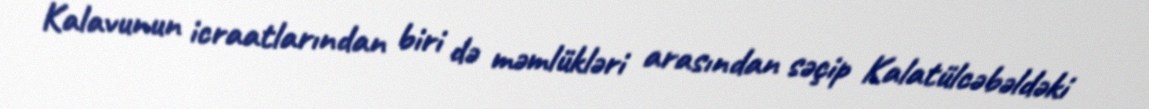
Kalavunun icraatlarından biri də məmlükləri arasından səçip Kalatülcəbəldəki